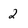
Character: 2